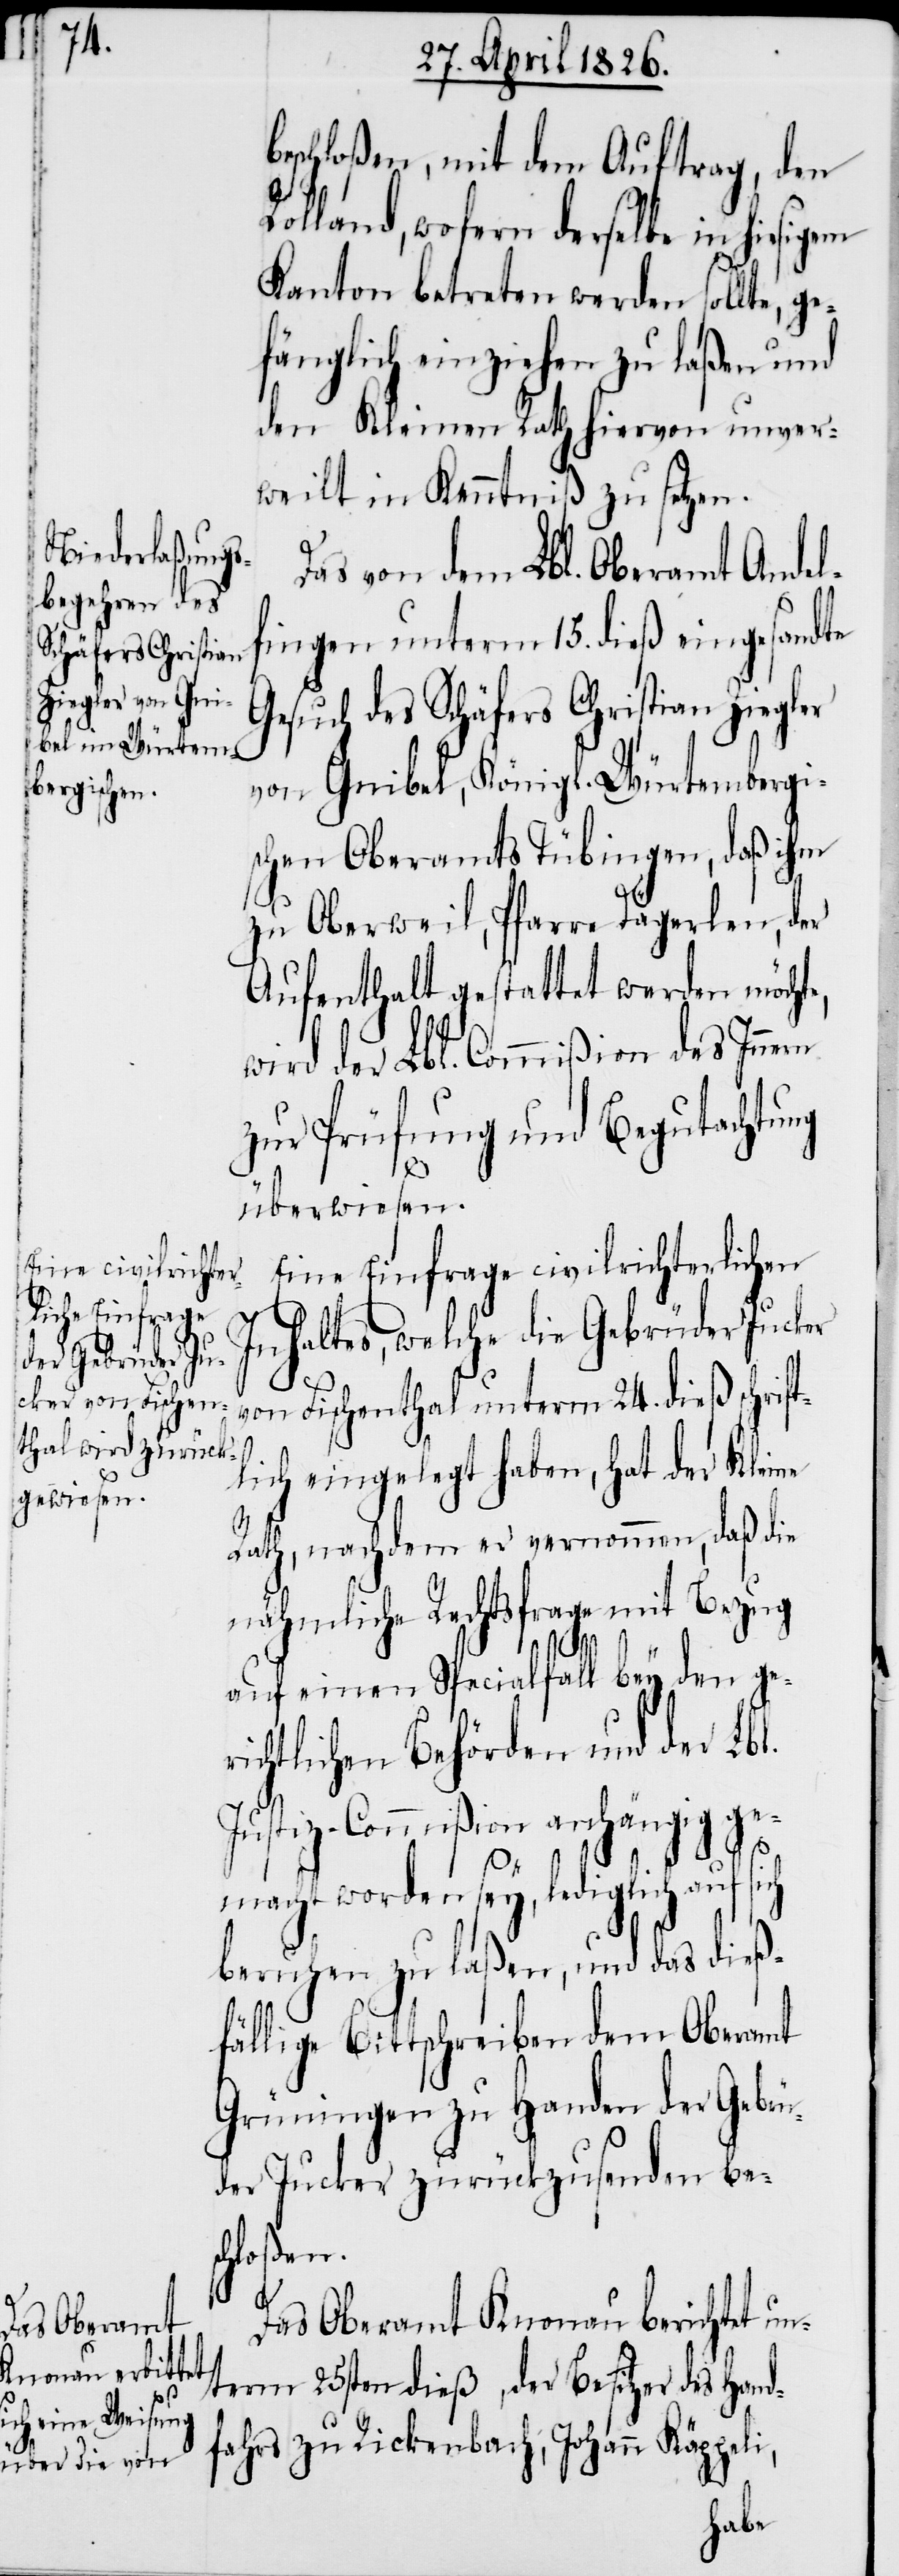
beschloßen, mit dem Auftrag, den
Rolland, wofern derselbe in hiesigem
Kanton betreten werden sollte, ge¬
fänglich einziehen zu laßen und
den Kleinen Rath hiervon unver¬
weilt in Kenntniß zu setzen.
Das von dem Lbl. Oberamt Andel¬
fingen unterm 15. dieß eingesandte
Gesuch des Schäfers Christian Ziegler
von Gnibel, Königl. Würtembergi¬
schen Oberamts Tübingen, daß ihm
zu Oberweil, Pfarre Dägerlen, der
Aufenthalt gestattet werden möcht¬
wird der Lbl. Commißion des Innern
zur Prüfung und Begutachtung
überwiesen.
Eine Einfrage civilrichterlichen
Inhaltes, welche die Gebrüder Jucker
von Fischenthal unterm 24. dieß schrift¬
lich eingelegt haben, hat der Kleine
Rath, nachdem er vernommen, daß die
nähmliche Rechtsfrage mit Bezug
auf einen Specialfall bey den ger¬
ichtlichen Behörden und der Lbl.
Justiz-Commißion anhängig ge¬
e,
macht worden sey, lediglich auf
beruhen zu laßen, und das dieß¬
fällige Bittschreiben dem Oberamt
Grüningen zu Handen der Gebr¬
üder Jucker zurücksenden bes¬
chloßen.
Das Oberamt Knonau berichtet un¬
term 25sten dieß, der Besitzer des Hand¬
fahrs zu Rickenbach, Johann Käppeli,